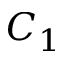
C _ { 1 }